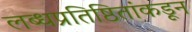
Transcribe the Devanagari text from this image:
लब्धप्रतिष्ठितांकडून